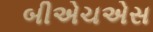
બીએચએસ